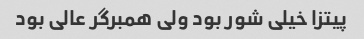
پیتزا خیلی شور بود ولی همبرگر عالی بود